65_HS1-834228961_62-HQ-83894_Section_9
Agency: FBI
Page 220
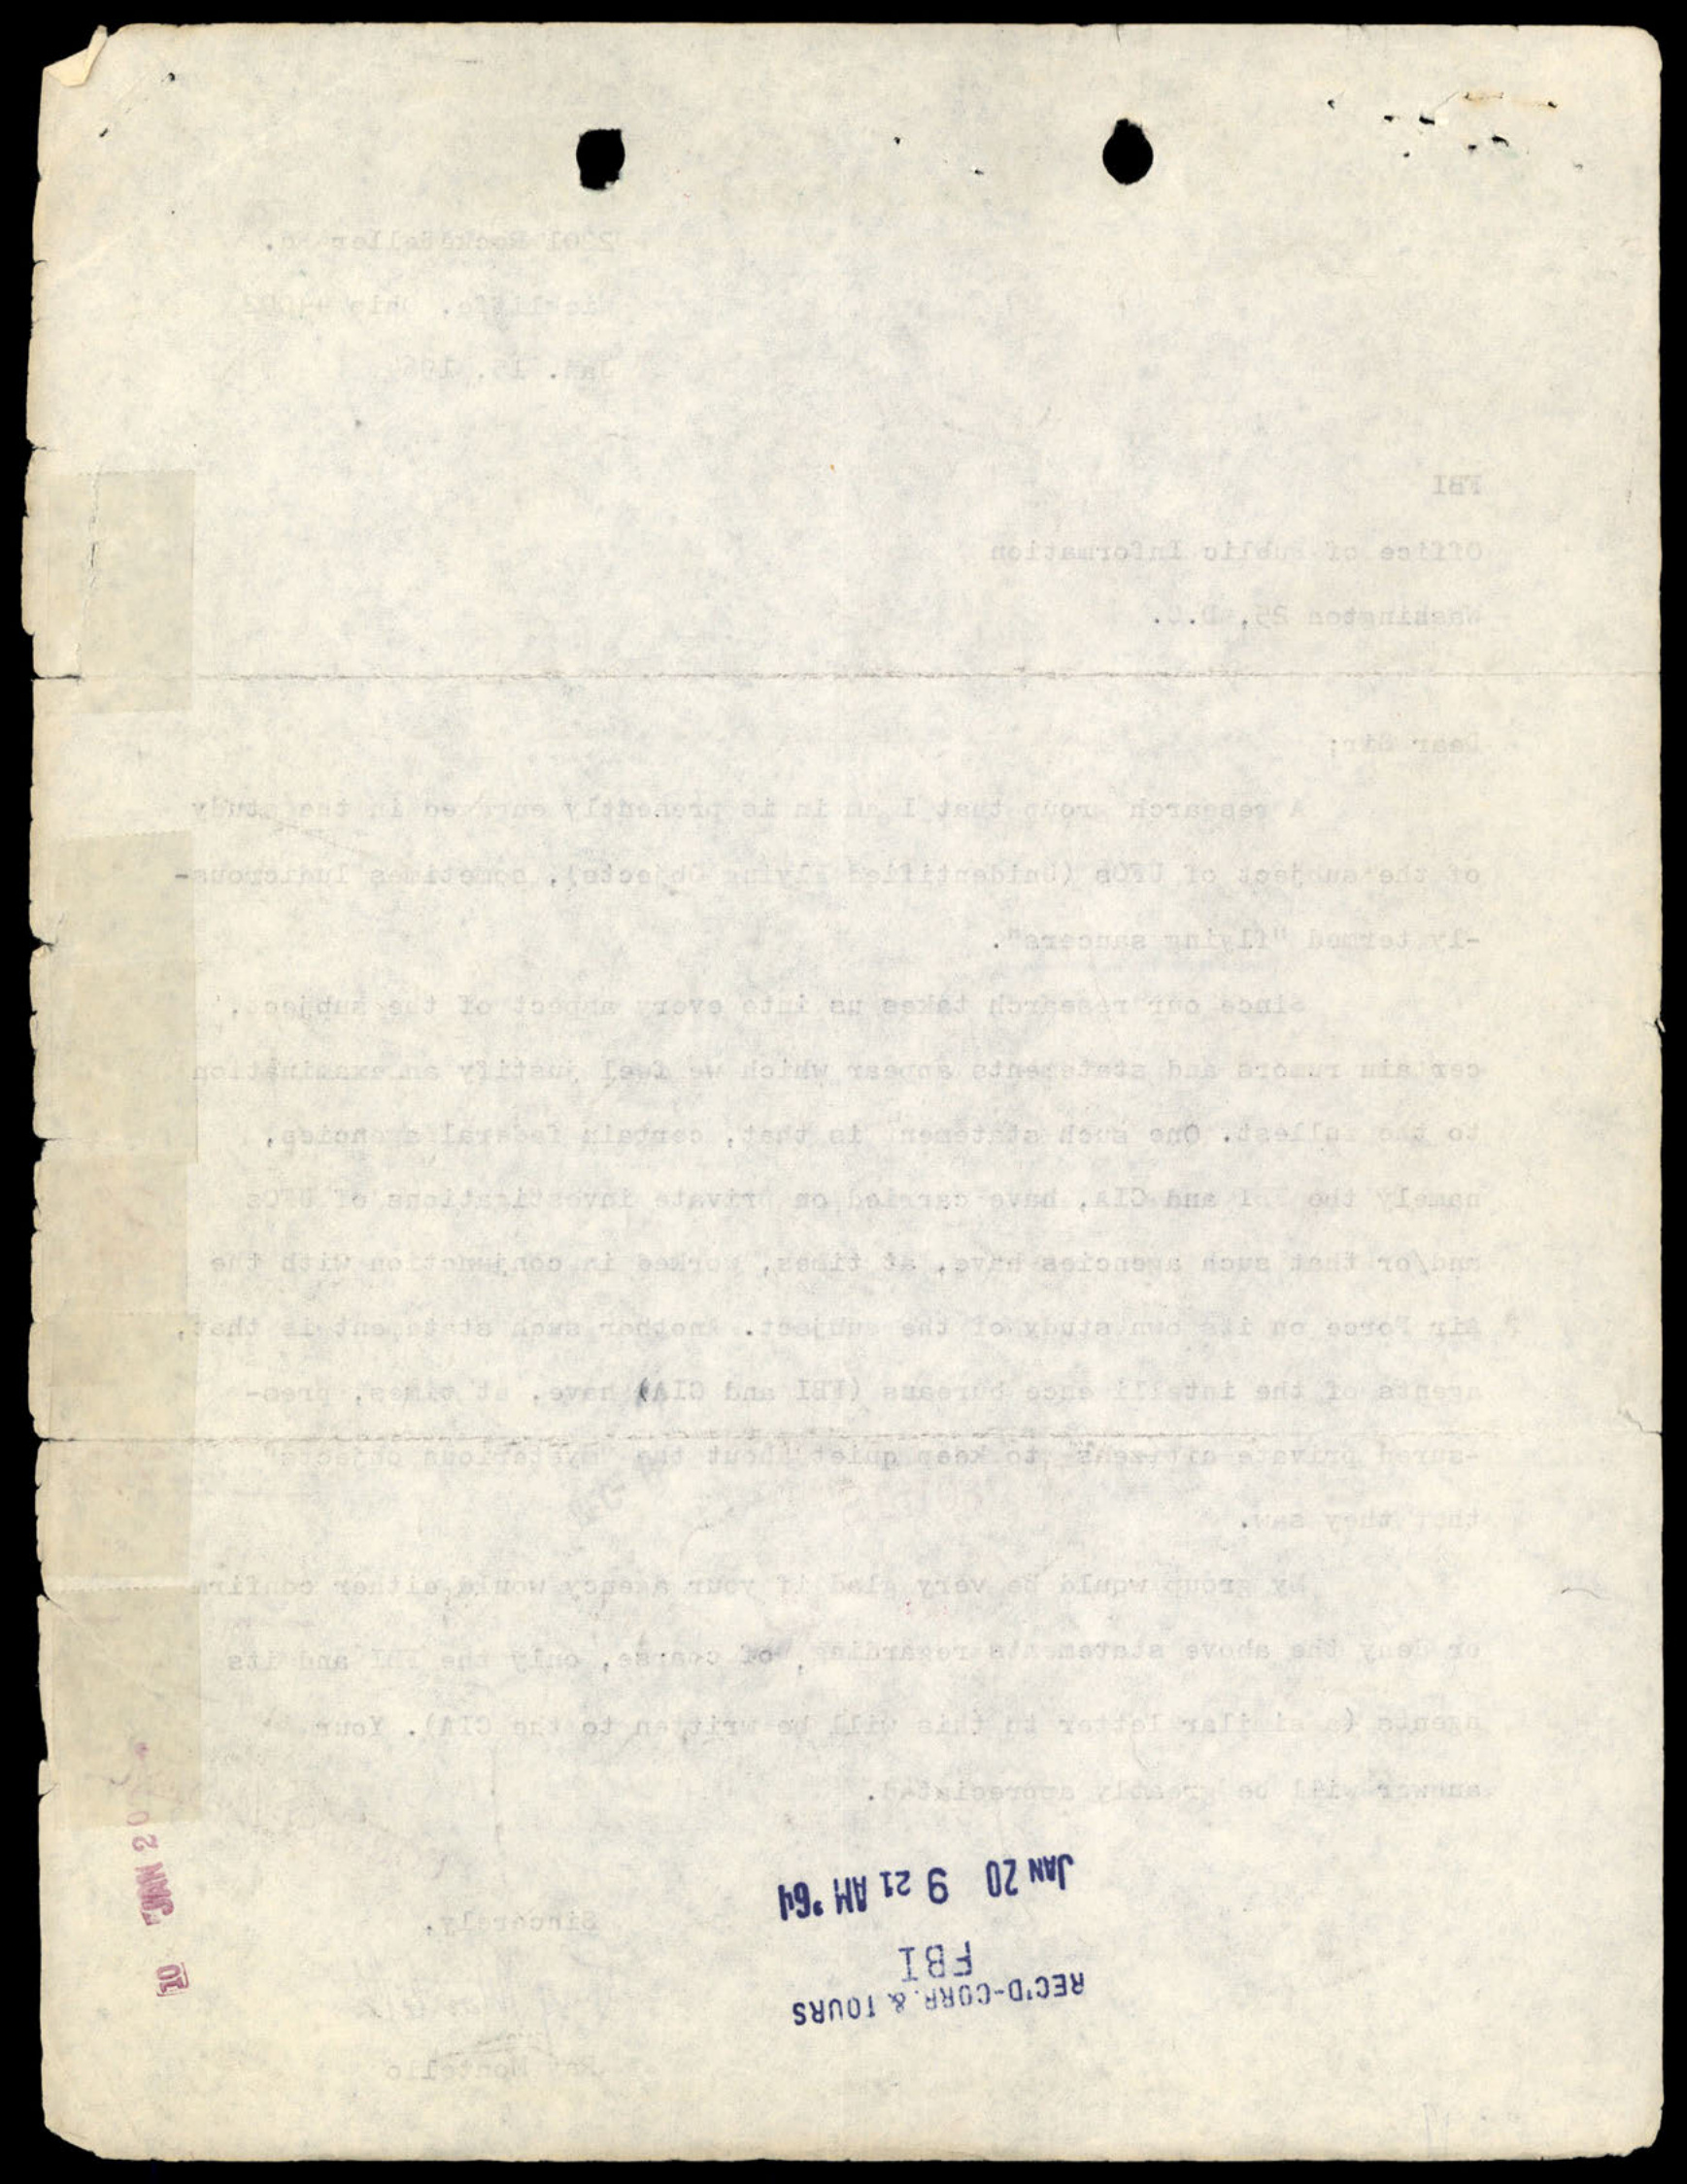